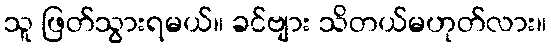
သူ ဖြတ်သွားရမယ်။ ခင်ဗျား သိတယ်မဟုတ်လား။